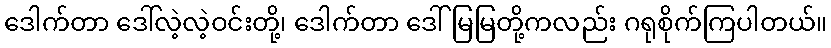
ဒေါက်တာ ဒေါ်လဲ့လဲ့ဝင်းတို့၊ ဒေါက်တာ ဒေါ်မြမြတို့ကလည်း ဂရုစိုက်ကြပါတယ်။